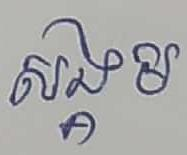
សង្គម